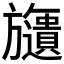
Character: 𣄧